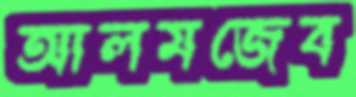
আলমজেব